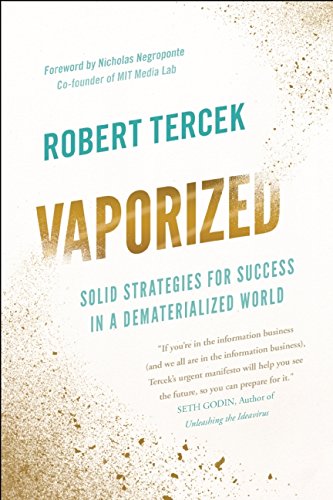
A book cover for Vaporized: Solid Strategies for Success in a Dematerialized World; Robert Tercek; Business & Money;